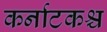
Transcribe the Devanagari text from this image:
कर्नाटकश्च